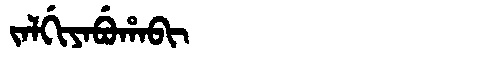
Manchu: ᠵᠠᠯᡤᡳᠶᠠᠪᡠᡥᠠᠪᡳ
Romanization: JALGIYABUHABI